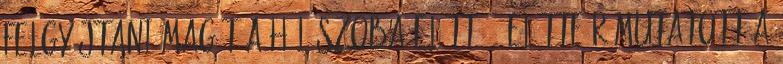
felgyújtani magát a hálószoba előtt. – Előtte rámutatott a